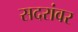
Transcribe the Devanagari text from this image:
सदरांवर